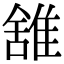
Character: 䧾